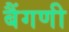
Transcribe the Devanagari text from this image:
बैंगणी